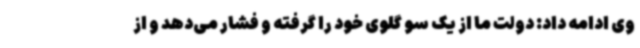
وی ادامه داد: دولت ما از یک سو گلوی خود را گرفته و فشار می‌دهد و از